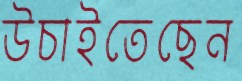
উচাইতেছেন